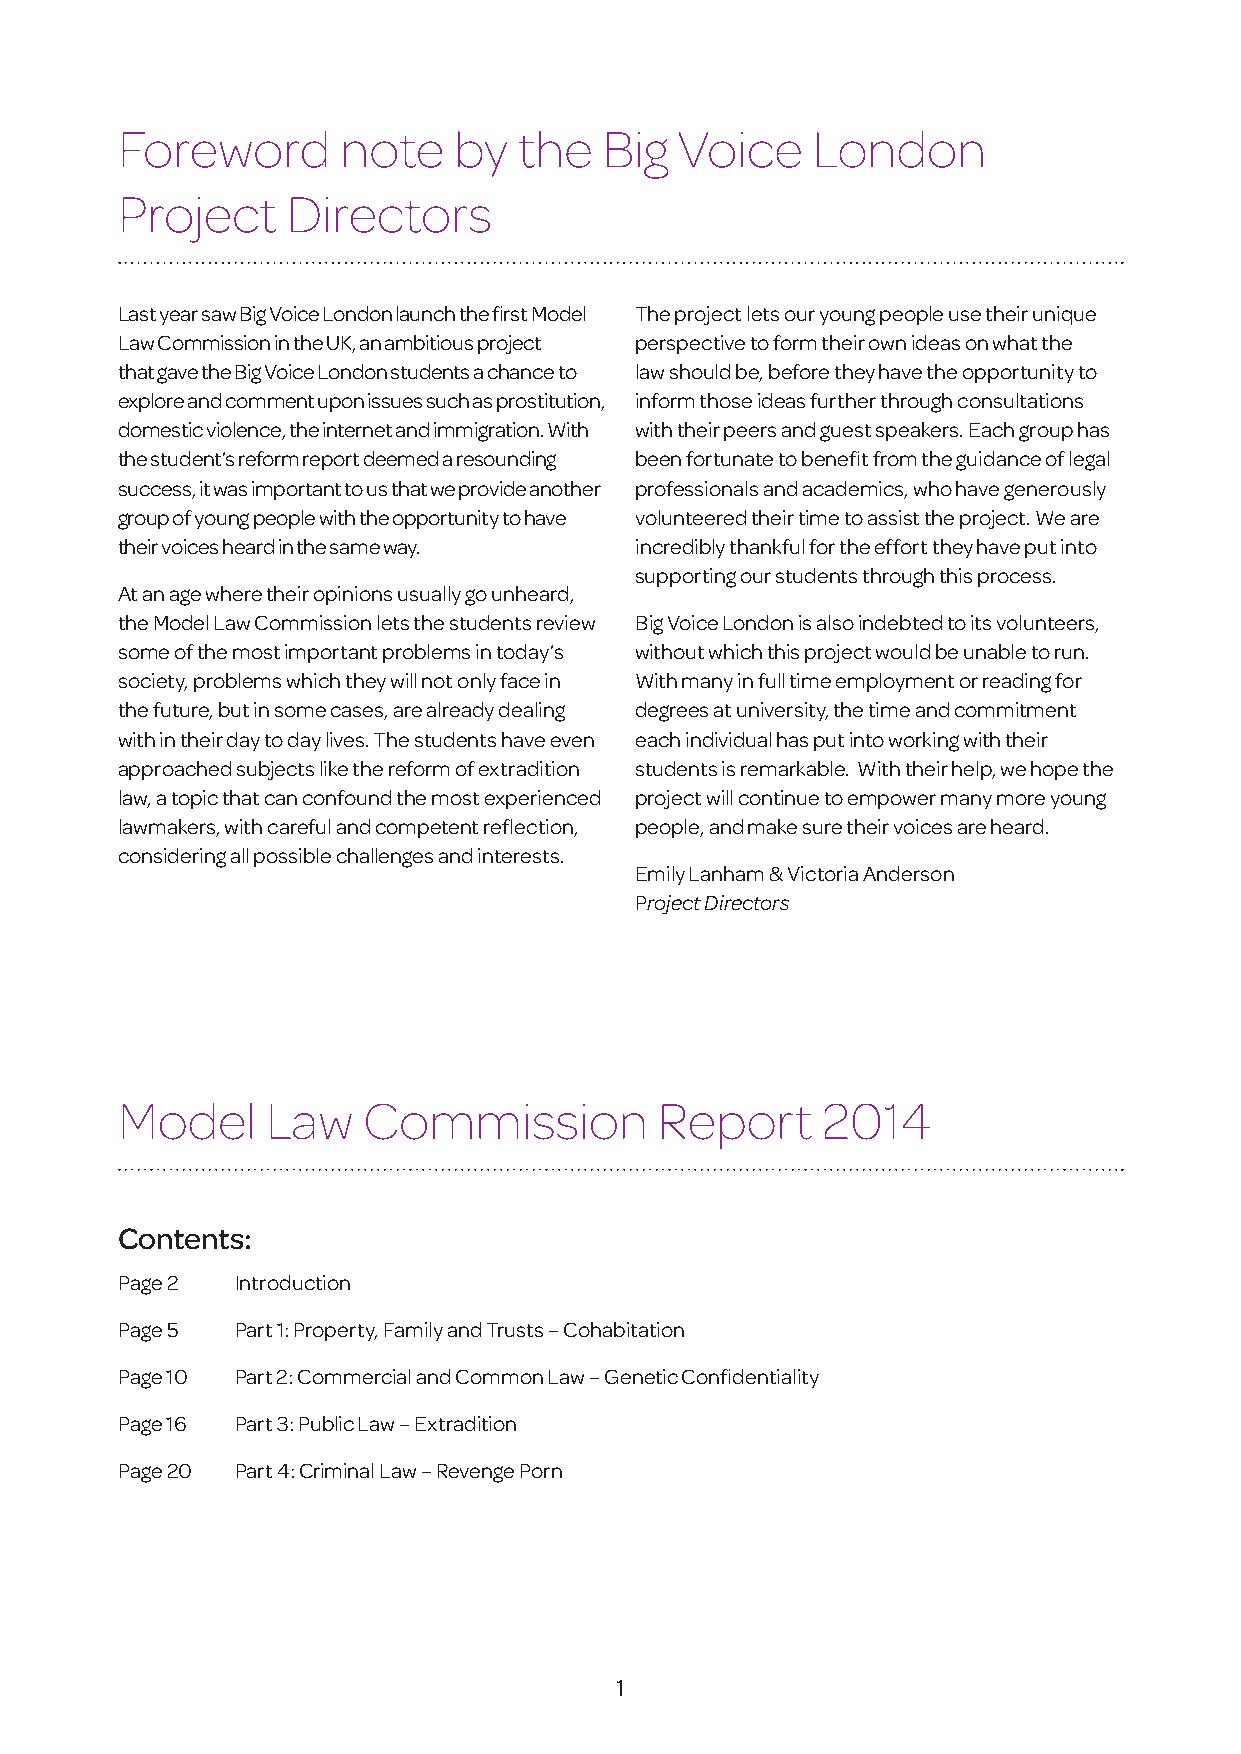
Foreword       note   by  the   Big  Voice    London
 Project    Directors
 Last year saw Big Voice London launch the first Model The project lets our young people use their unique
 Law Commission in the UK, an ambitious project perspective to form their own ideas on what the
 that gave the Big Voice London students a chance to law should be, before they have the opportunity to
 explore and comment upon issues such as prostitution, inform those ideas further through consultations
 domestic violence, the internet and immigration. With with their peers and guest speakers. Each group has
 the student’s reform report deemed a resounding been fortunate to benefit from the guidance of legal
 success, it was important to us that we provide another professionals and academics, who have generously
 group of young people with the opportunity to have volunteered their time to assist the project. We are
 their voices heard in the same way. incredibly thankful for the effort they have put into
 supporting our students through this process.
 At an age where their opinions usually go unheard,
 the Model Law Commission lets the students review Big Voice London is also indebted to its volunteers,
 some of the most important problems in today’s without which this project would be unable to run.
 society, problems which they will not only face in With many in full time employment or reading for
 the future, but in some cases, are already dealing degrees at university, the time and commitment
 with in their day to day lives. The students have even each individual has put into working with their
 approached subjects like the reform of extradition students is remarkable. With their help, we hope the
 law, a topic that can confound the most experienced project will continue to empower many more young
 lawmakers, with careful and competent reflection, people, and make sure their voices are heard.
 considering all possible challenges and interests.
 Emily Lanham & Victoria Anderson
 Project Directors
 Model     Law   Commission          Report    2014
 Contents:
 Page 2  Introduction
 Page 5  Part 1: Property, Family and Trusts – Cohabitation
 Page 10 Part 2: Commercial and Common Law – Genetic Confidentiality
 Page 16 Part 3: Public Law – Extradition
 Page 20 Part 4: Criminal Law – Revenge Porn
 1